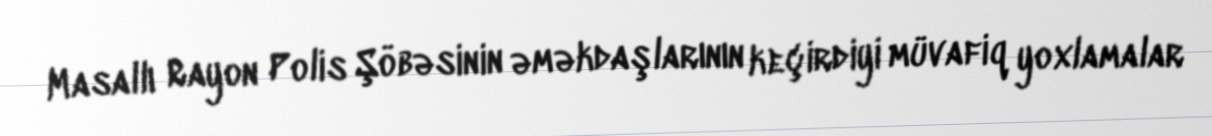
Masallı Rayon Polis Şöbəsinin əməkdaşlarının keçirdiyi müvafiq yoxlamalar